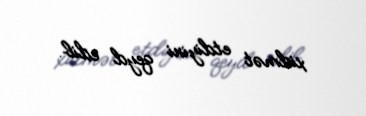
xidmət etdiyini qeyd edib.